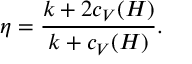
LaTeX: \eta = { \frac { k + 2 c _ { V } ( H ) } { k + c _ { V } ( H ) } } .